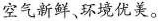
空气新鲜，环境优美。